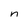
Character: n